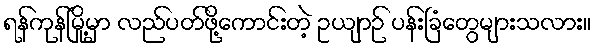
ရန်ကုန်မြို့မှာ လည်ပတ်ဖို့ကောင်းတဲ့ ဥယျာဉ် ပန်းခြံတွေများသလား။